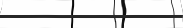
١١٦